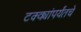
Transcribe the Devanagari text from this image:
टक्क्यांपर्यंतचे